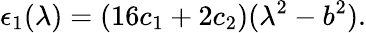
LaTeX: \epsilon_{1}(\lambda)=(16c_{1}+2c_{2})(\lambda^{2}-b^{2}).